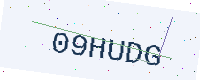
Text: 09HUDG